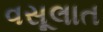
વસૂલાત